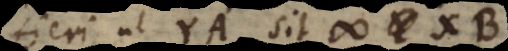
fieri ut YA sit # Y XB,